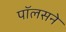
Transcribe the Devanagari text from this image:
पॉलसने